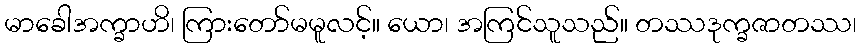
မာခေါအက္ခာဟိ၊ ကြားတော်မမူလင့်။ ယော၊ အကြင်သူသည်။ တဿဒုက္ခဇာတဿ၊